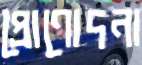
প্রোণোদনা